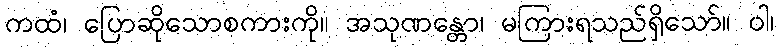
ကထံ၊ ပြောဆိုသောစကားကို။ အသုဏန္တော၊ မကြားရသည်ရှိသော်။ ဝါ၊